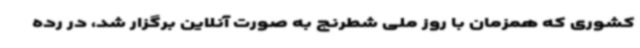
کشوری که همزمان با روز ملی شطرنج به صورت آنلاین برگزار شد، در رده